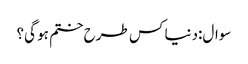
سوال:دنیا کس طرح ختم ہو گی؟